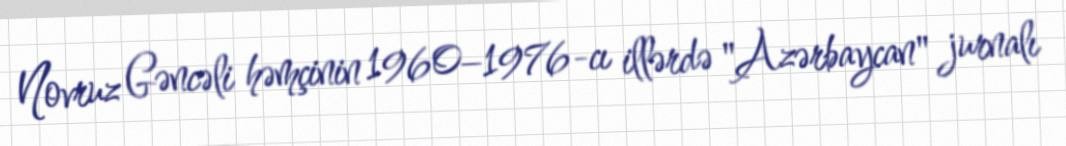
Novruz Gəncəli həmçinin 1960–1976-cı illərdə "Azərbaycan" jurnalı